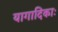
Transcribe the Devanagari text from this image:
यागादिकाः